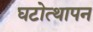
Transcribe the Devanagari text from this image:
घटोत्थापन